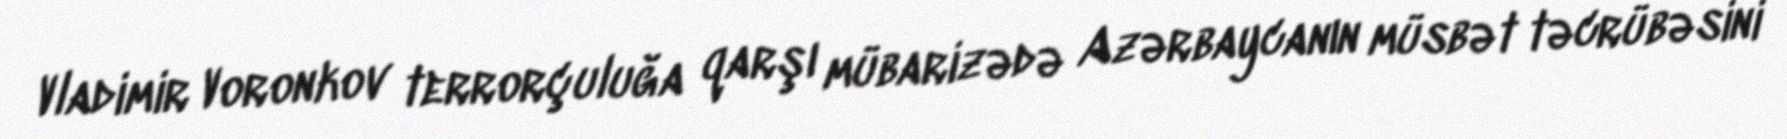
Vladimir Voronkov terrorçuluğa qarşı mübarizədə Azərbaycanın müsbət təcrübəsini